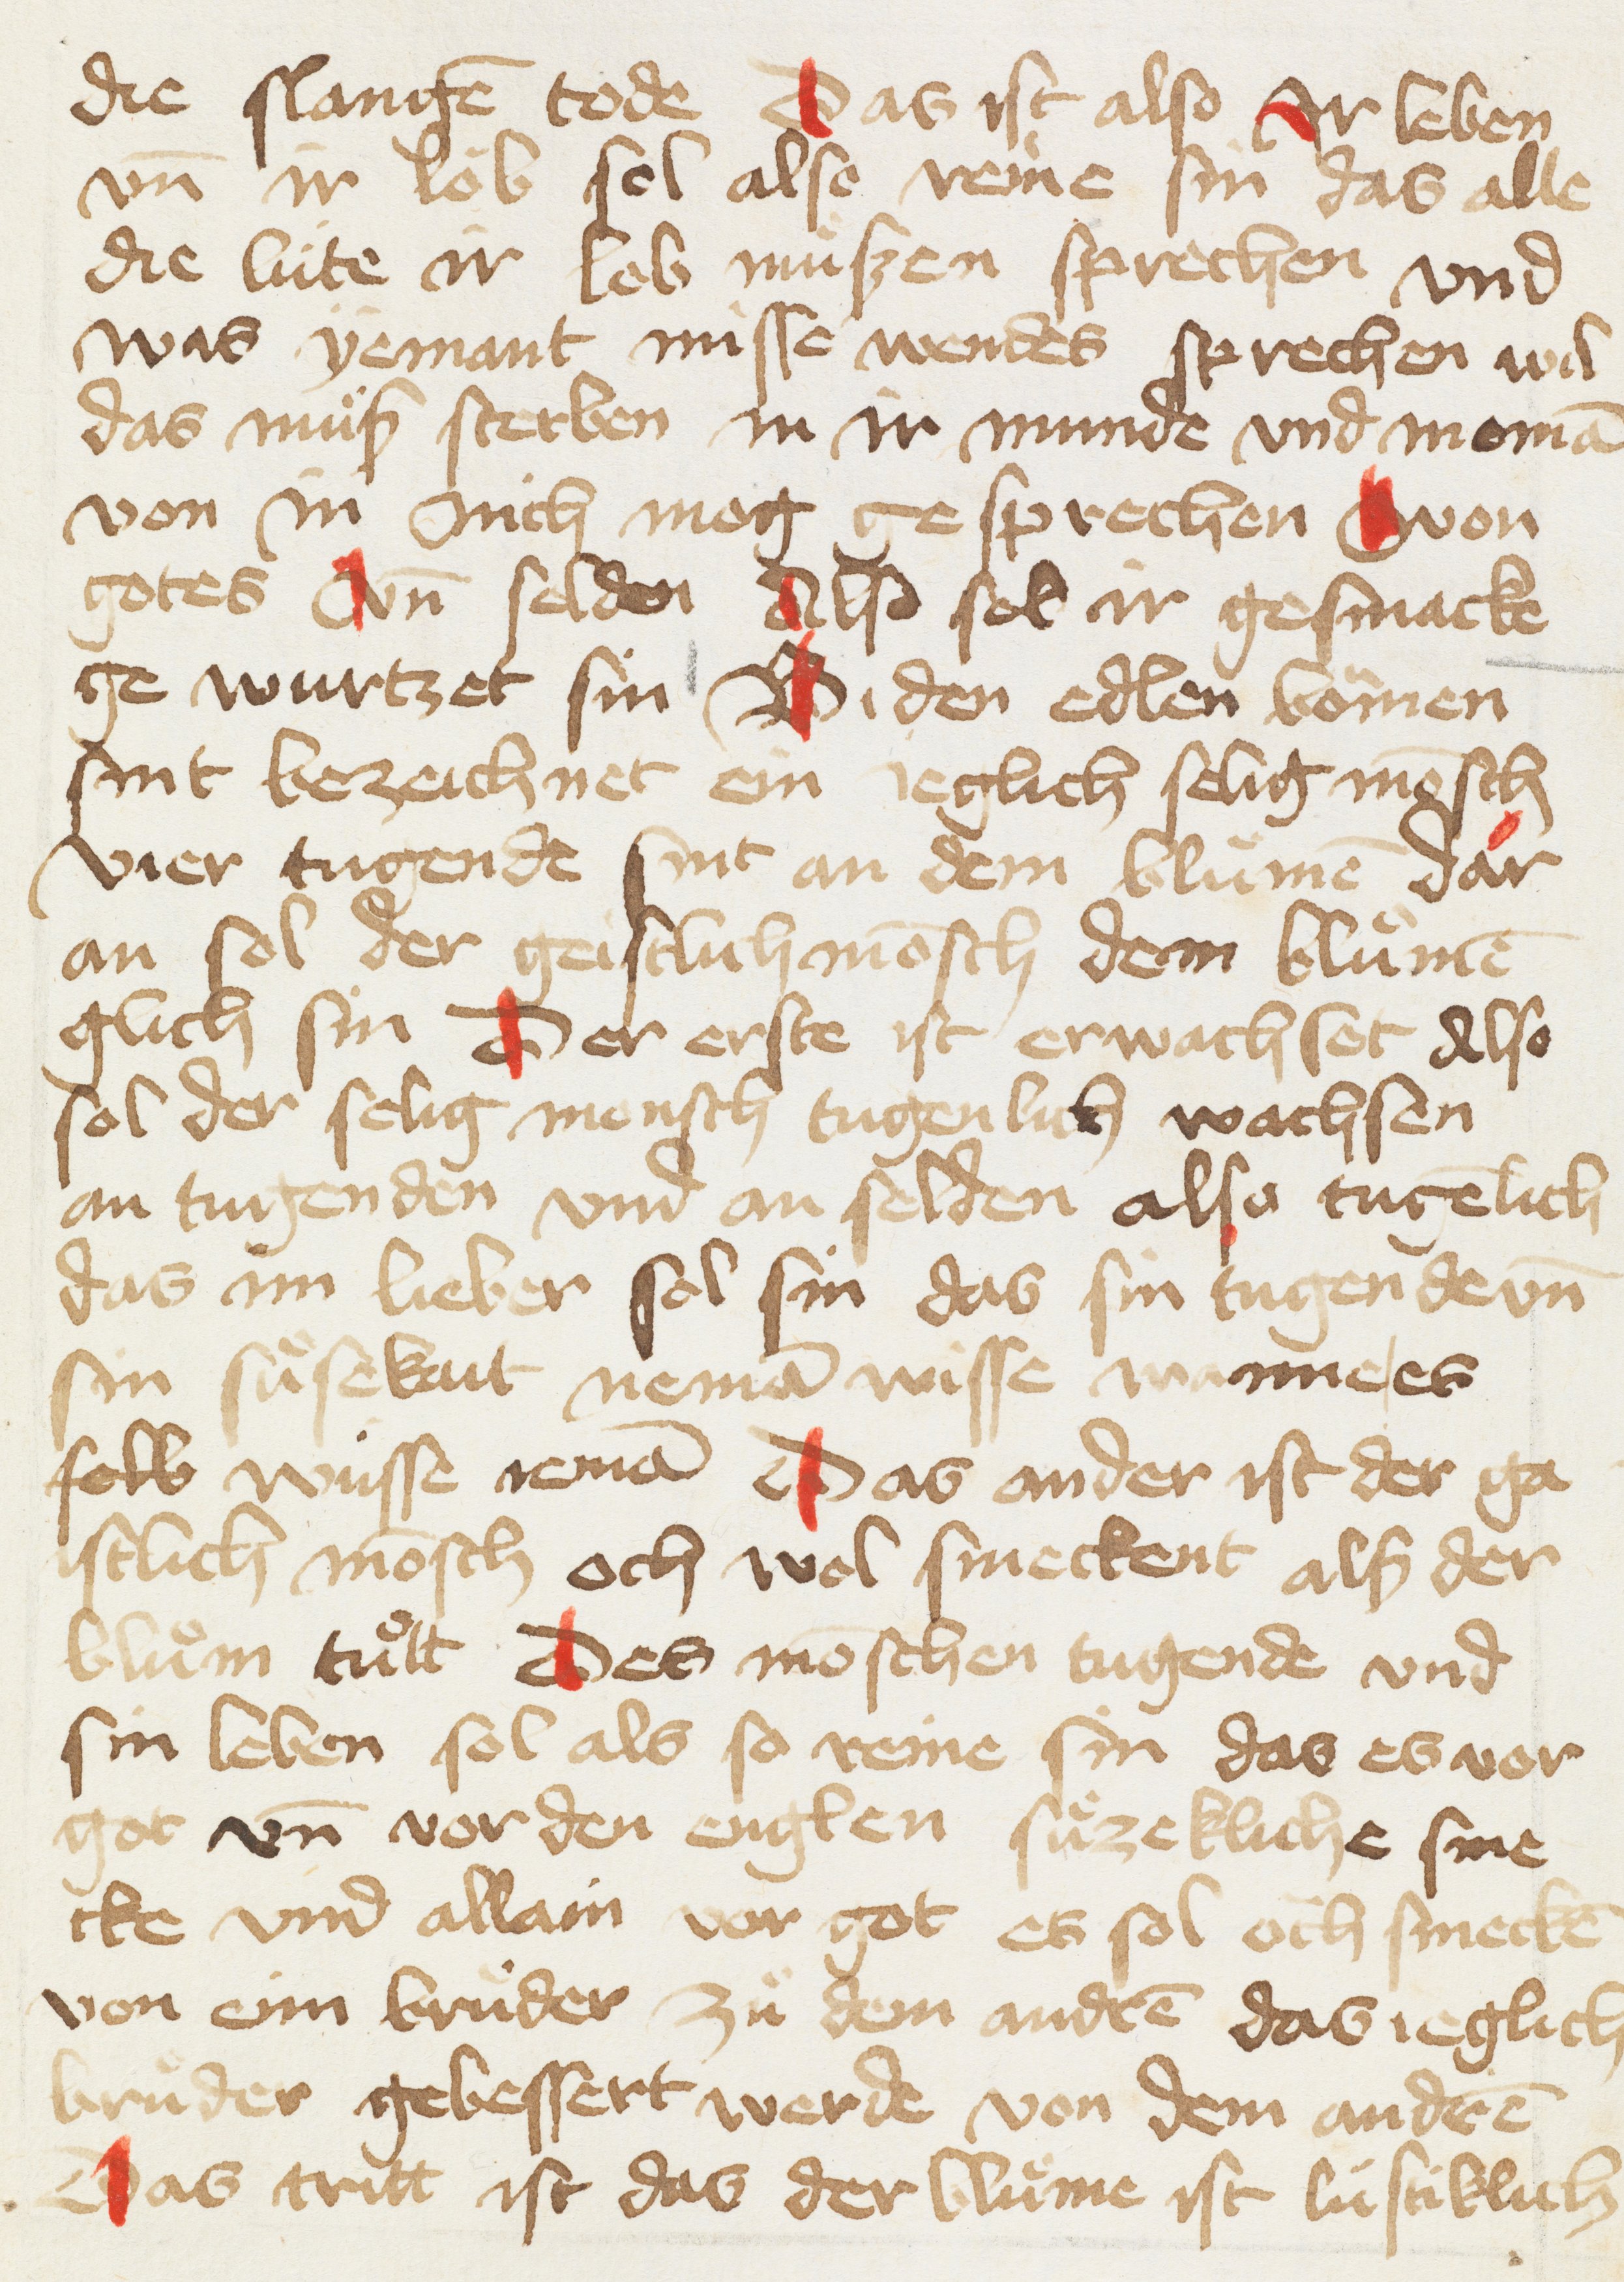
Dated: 1456–1456